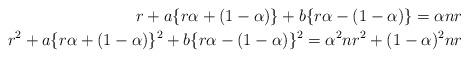
LaTeX: \begin{align*}r+a\{r\alpha+(1-\alpha)\}+b\{r\alpha-(1-\alpha)\}=\alpha n r\\r^2+a \{r\alpha+(1-\alpha)\}^2+b\{ r\alpha-(1-\alpha)\}^2=\alpha^2 n r^2+(1-\alpha)^2 nr\end{align*}